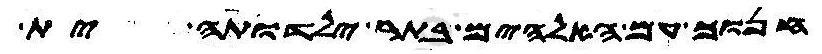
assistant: חנוך עם האלהים בתר ילדותה ית